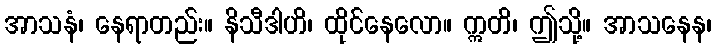
အာသနံ၊ နေရာတည်း။ နိသီဒါဟိ၊ ထိုင်နေလော။ ဣတိ၊ ဤသို့။ အာသနေန၊